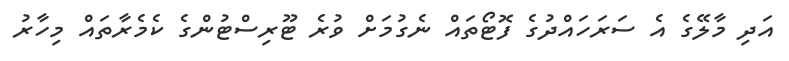
އަދި މާލޭގެ އެ ސަރަހައްދުގެ ފޮޓޯތައް ނެގުމަށް ވުރެ ޓޫރިސްޓުންގެ ކެމެރާތައް މިހާރު